Civil Veterinary Dept. Bombay admin report 1900-1906 - 1900-1906
Year: 1900
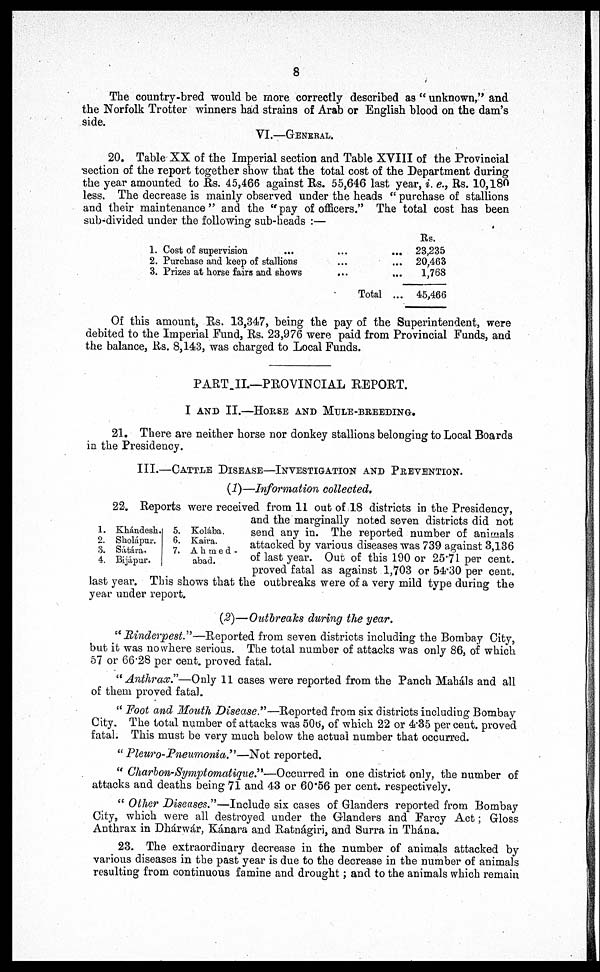
8
The country-bred would be more correctly described as " unknown," and
the Norfolk Trotter winners had strains of Arab or English blood on the dam's
side.
VI.—GENERAL.
20. Table XX of the Imperial section and Table XVIII of the Provincial
section of the report together show that the total cost of the Department during
the year amounted to Rs. 45,466 against Rs. 55,646 last year, i. e., Rs. 10,180
less. The decrease is mainly observed under the heads " purchase of stallions
and their maintenance" and the "pay of officers." The total cost has been
sub-divided under the following sub-heads :—
1.
2.
3.
Cost of supervision ...
Purchase and keep of stallions
Prizes at horse fairs and shows
Total ...
Rs.
23,235
20,463
1,768
45,466
Of this amount, Rs. 13,347, being the pay of the Superintendent, were
debited to the Imperial Fund, Rs. 23,976 were paid from Provincial Funds, and
the balance, Rs. 8,143, was charged to Local Funds.
PART II.—PROVINCIAL REPORT.
I AND II.—HORSE AND MULE-BREEDING.
21. There are neither horse nor donkey stallions belonging to Local Boards
in the Presidency.
III.—CATTLE DISEASE—INVESTIGATION AND PREVENTION.
(1)—Information collected.
1.
2.
3.
4.
Khándesh.
Sholápur.
Sátára.
Bijápur.
5.
6.
7.
Kolába,
Kaira.
Ahmed¬
abad.
22. Reports were received from 11 out of 18 districts in the Presidency,
and the marginally noted seven districts did not
send any in. The reported number of animals
attacked by various diseases was 739 against 3,136
of last year. Out of this 190 or 25.71 per cent.
proved fatal as against 1,703 or 54.30 per cent.
last year. This shows that the outbreaks were of a very mild type during the
year under report.
(2)—Outbreaks during the year.
"Rinderpest."—Reported from seven districts including the Bombay City,
but it was no where serious. The total number of attacks was only 86, of which
57 or 66.28 per cent. proved fatal.
"Anthrax."—Only 11 cases were reported from the Panch Maháls and all
of them proved fatal.
" Foot and Mouth Disease."—Reported from six districts including Bombay
City. The total number of attacks was 506, of which 22 or 4.35 per cent. proved
fatal. This must be very much below the actual number that occurred.
" Pleuro-Pneumonia."—Not reported.
" Charbon-Symptomatique."—Occurred in one district only, the number of
attacks and deaths being 71 and 43 or 60.56 per cent. respectively.
" Other Diseases."—Include six cases of Glanders reported from Bombay
City, which were all destroyed under the Glanders and Farcy Act; Gloss
Anthrax in Dhárwár, Kánara and Ratnágiri, and Surra in Thána.
23. The extraordinary decrease in the number of animals attacked by
various diseases in the past year is due to the decrease in the number of animals
resulting from continuous famine and drought; and to the animals which remain